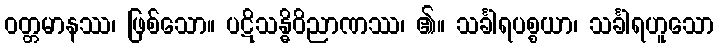
ဝတ္တမာနဿ၊ ဖြစ်သော။ ပဋိသန္ဓိဝိညာဏဿ၊ ၏။ သင်္ခါရပစ္စယာ၊ သင်္ခါရဟူသော